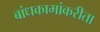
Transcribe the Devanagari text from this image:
बांधकामांकरीता